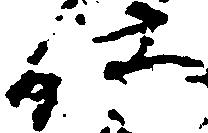
仕